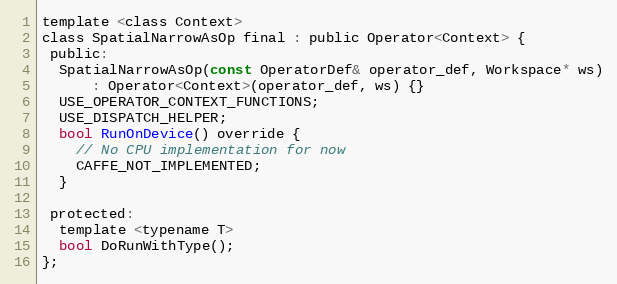
Language: C
template <class Context>
class SpatialNarrowAsOp final : public Operator<Context> {
 public:
  SpatialNarrowAsOp(const OperatorDef& operator_def, Workspace* ws)
      : Operator<Context>(operator_def, ws) {}
  USE_OPERATOR_CONTEXT_FUNCTIONS;
  USE_DISPATCH_HELPER;
  bool RunOnDevice() override {
    // No CPU implementation for now
    CAFFE_NOT_IMPLEMENTED;
  }

 protected:
  template <typename T>
  bool DoRunWithType();
};